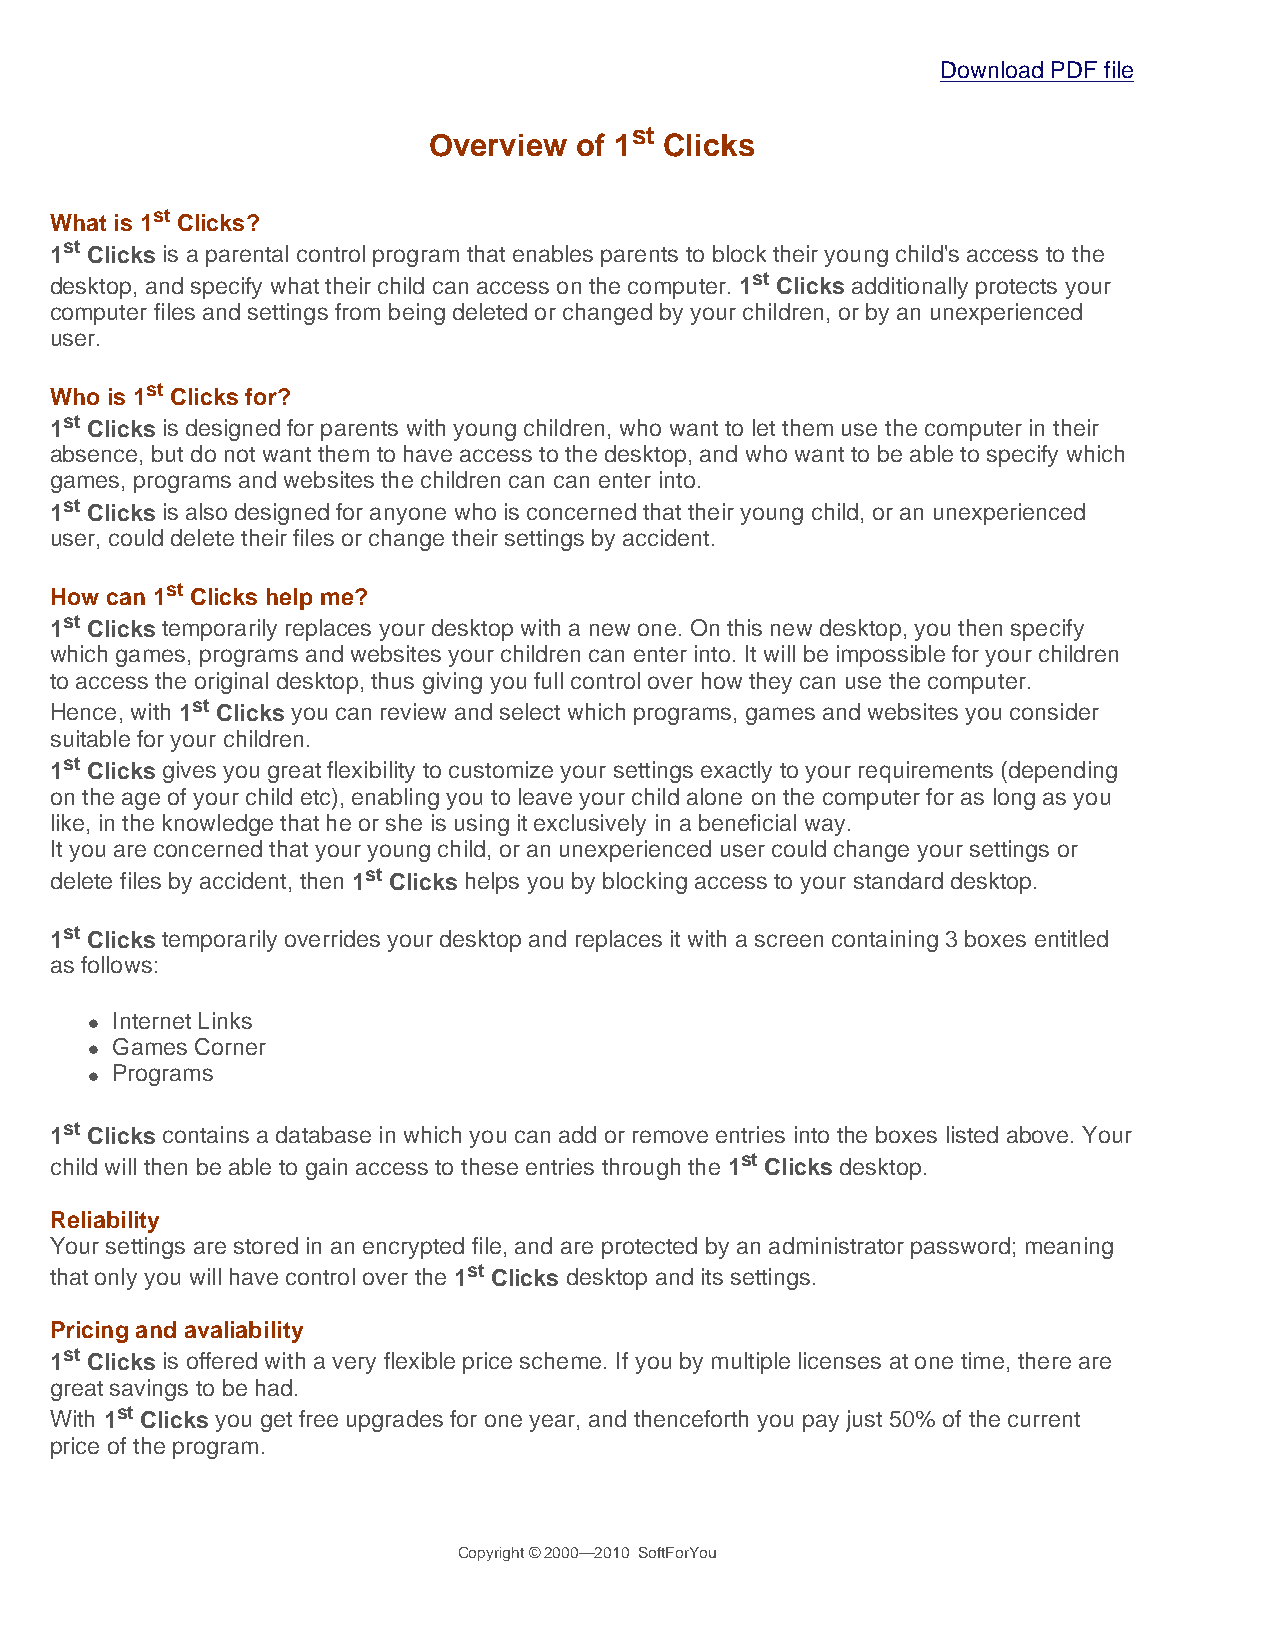
Download PDF file
 st
 Overview  of 1  Clicks
 st
 What is 1 Clicks?
 1st Clicks is a parental control program that enables parents to block their young child's access to the
 desktop, and specify what their child can access on the computer. 1st Clicks additionally protects your
 computer files and settings from being deleted or changed by your children, or by an unexperienced
 user.
 st
 Who is 1 Clicks for?
 1st Clicks is designed for parents with young children, who want to let them use the computer in their
 absence, but do not want them to have access to the desktop, and who want to be able to specify which
 games, programs and websites the children can can enter into.
 1st Clicks is also designed for anyone who is concerned that their young child, or an unexperienced
 user, could delete their files or change their settings by accident.
 How can 1st Clicks help me?
 1st Clicks temporarily replaces your desktop with a new one. On this new desktop, you then specify
 which games, programs and websites your children can enter into. It will be impossible for your children
 to access the original desktop, thus giving you full control over how they can use the computer.
 Hence, with 1st Clicks you can review and select which programs, games and websites you consider
 suitable for your children.
 1st Clicks gives you great flexibility to customize your settings exactly to your requirements (depending
 on the age of your child etc), enabling you to leave your child alone on the computer for as long as you
 like, in the knowledge that he or she is using it exclusively in a beneficial way.
 It you are concerned that your young child, or an unexperienced user could change your settings or
 delete files by accident, then 1st Clicks helps you by blocking access to your standard desktop.
 1st Clicks temporarily overrides your desktop and replaces it with a screen containing 3 boxes entitled
 as follows:
 Internet Links
 
 Games Corner
 
 Programs
 
 1st Clicks contains a database in which you can add or remove entries into the boxes listed above. Your
 child will then be able to gain access to these entries through the 1st Clicks desktop.
 Reliability
 Your settings are stored in an encrypted file, and are protected by an administrator password; meaning
 that only you will have control over the 1st Clicks desktop and its settings.
 Pricing and avaliability
 1st Clicks is offered with a very flexible price scheme. If you by multiple licenses at one time, there are
 great savings to be had.
 With 1st Clicks you get free upgrades for one year, and thenceforth you pay just 50% of the current
 price of the program.
 Copyright © 2000—2010 SoftForYou